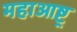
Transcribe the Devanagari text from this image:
महाआष्ट्र